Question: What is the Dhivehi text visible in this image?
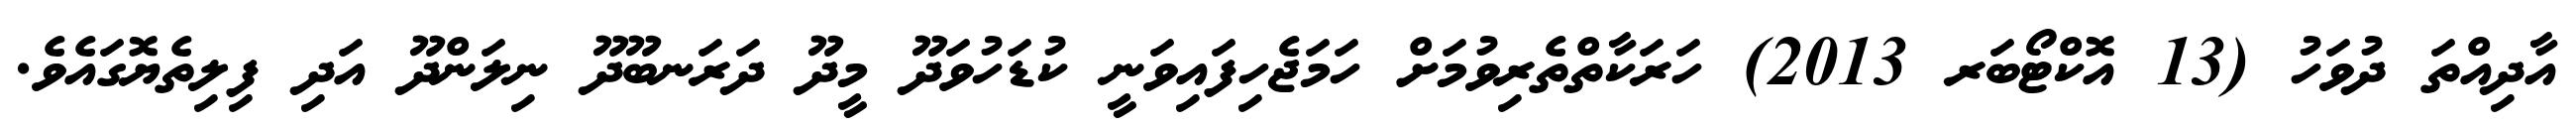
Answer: އާދިއްތަ ދުވަހު (13 އޮކްޓޯބަރ 2013) ހަރަކާތްތެރިވުމަށް ހަމަޖެހިފައިވަނީ ކުޑަހުވަދޫ މީދޫ ދަރަނބޫދޫ ނިލަންދޫ އަދި ފިލިތެޔޮގައެވެ.